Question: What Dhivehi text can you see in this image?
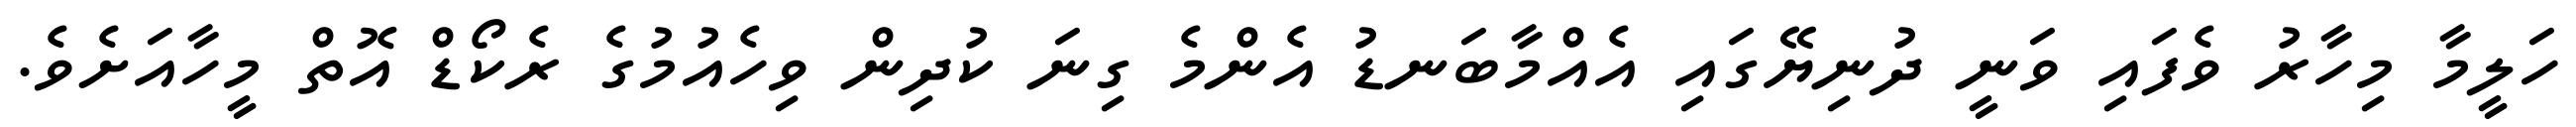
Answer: ހަލީމާ މިހާރު ވެފައި ވަނީ ދުނިޔޭގައި އެއްމާބަނޑު އެންމެ ގިނަ ކުދިން ވިހެއުމުގެ ރެކޯޑް އޮތް މީހާއަށެވެ.